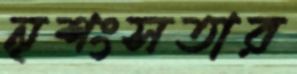
নৃশংসতার